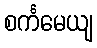
စင်္ကမေယျ